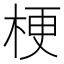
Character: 梗